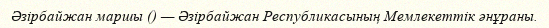
Әзірбайжан маршы () — Әзірбайжан Республикасының Мемлекеттік әнұраны.